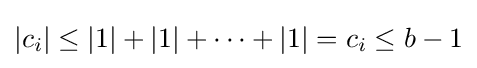
|c_{i}|\leq |1|+|1|+\cdots +|1|=c_{i}\leq b-1